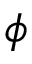
\phi